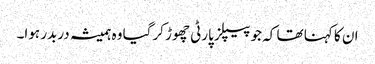
ان کا کہنا تھا کہ جو پیپلز پارٹی چھوڑ کرگیا وہ ہمیشہ دربدر ہوا۔